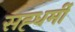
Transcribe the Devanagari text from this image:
सह्धर्मी